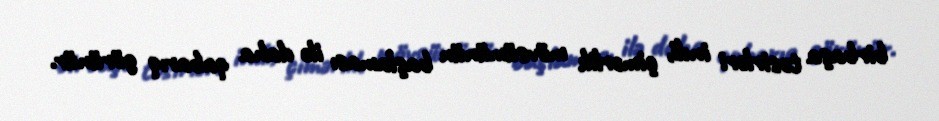
birbaşa təsirləri indi, çimərlik mövsümünün başlaması ilə daha qabarıq görünür.